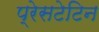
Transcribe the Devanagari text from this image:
प्रेसटेटिन